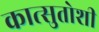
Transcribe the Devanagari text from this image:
कात्सुतोशी